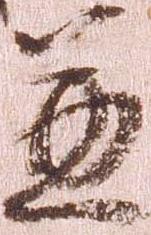
兼